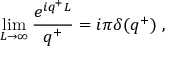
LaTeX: \operatorname * { l i m } _ { L \rightarrow \infty } \frac { e ^ { i q ^ { + } L } } { q ^ { + } } = i \pi \delta ( q ^ { + } ) \ ,